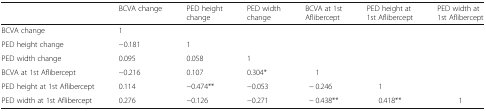
<table><thead><tr><td></td><td><b>BCVA change</b></td><td><b>PED height change</b></td><td><b>PED width change</b></td><td><b>BCVA at 1st Aflibercept</b></td><td><b>PED height at 1st Aflibercept</b></td><td><b>PED width at 1st Aflibercept</b></td></tr></thead><tbody><tr><td>BCVA change</td><td>1</td><td></td><td></td><td></td><td></td><td></td></tr><tr><td>PED height change</td><td>−0.181</td><td>1</td><td></td><td></td><td></td><td></td></tr><tr><td>PED width change</td><td>0.095</td><td>0.058</td><td>1</td><td></td><td></td><td></td></tr><tr><td>BCVA at 1st Aflibercept</td><td>−0.216</td><td>0.107</td><td>0.304*</td><td>1</td><td></td><td></td></tr><tr><td>PED height at 1st Aflibercept</td><td>0.114</td><td>−0.474**</td><td>−0.053</td><td>− 0.246</td><td>1</td><td></td></tr><tr><td>PED width at 1st Aflibercept</td><td>0.276</td><td>−0.126</td><td>−0.271</td><td>− 0.438**</td><td>0.418**</td><td>1</td></tr></tbody></table>